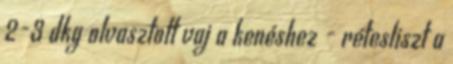
2-3 dkg olvasztott vaj a kenéshez - rétesliszt a